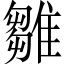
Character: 雛